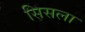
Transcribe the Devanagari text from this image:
सिसला